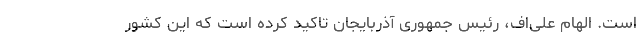
است. الهام علی‌اف، رئیس جمهوری آذربایجان تاکید کرده است که این کشور